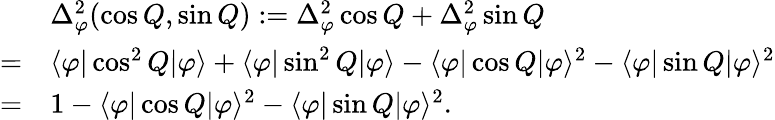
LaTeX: \begin{array}{rl}&{\Delta_{\varphi}^{2}(\cos Q,\sin Q):=\Delta_{\varphi}^{2}\cos Q+\Delta_{\varphi}^{2}\sin Q}\\ {=}&{\langle\varphi|\cos^{2}Q|\varphi\rangle+\langle\varphi|\sin^{2}Q|\varphi\rangle-\langle\varphi|\cos Q|\varphi\rangle^{2}-\langle\varphi|\sin Q|\varphi\rangle^{2}}\\ {=}&{1-\langle\varphi|\cos Q|\varphi\rangle^{2}-\langle\varphi|\sin Q|\varphi\rangle^{2}.}\end{array}